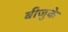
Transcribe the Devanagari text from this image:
बीजुके